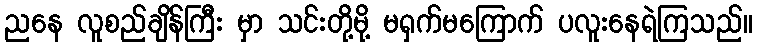
ညနေ လူစည်ချိန်ကြီး မှာ သင်းတို့မို့ မရှက်မကြောက် ပလူးနေရဲကြသည်။